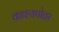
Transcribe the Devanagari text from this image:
काश्यपोत्तर